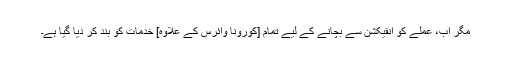
مگر اب، عملے کو انفیکشن سے بچانے کے لیے تمام [کورونا وائرس کے علاوہ] خدمات کو بند کر دیا گیا ہے۔